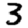
Digit: 3